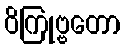
ဝိကြုဗ္ဗတော